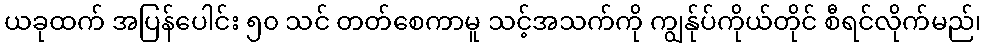
ယခုထက် အပြန်ပေါင်း ၅၀ သင် တတ်စေကာမူ သင့်အသက်ကို ကျွန်ုပ်ကိုယ်တိုင် စီရင်လိုက်မည်၊